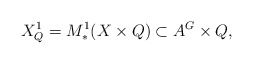
\begin{align*} X^1_Q = M^1_*(X \times Q) \subset A^G \times Q, \end{align*}